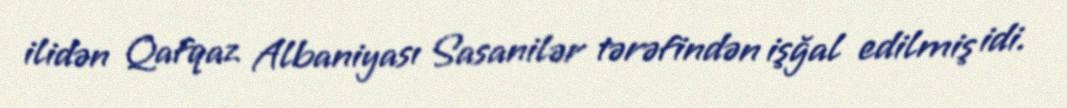
ilidən Qafqaz Albaniyası Sasanilər tərəfindən işğal edilmiş idi.